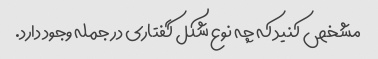
مشخص کنید که چه نوع شکل گفتاری در جمله وجود دارد.